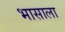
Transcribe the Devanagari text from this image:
भासाला